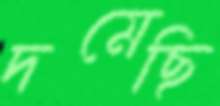
দমেছি